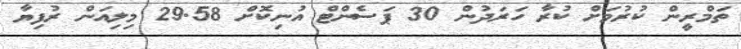
ތަމްރީން ކުރުމަށް ކުރާ ހަރަދުން 30 ޕަސެންޓް އުނިކޮށް 29.58 މިލިއަން ރުފިޔާ